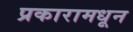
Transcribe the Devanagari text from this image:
प्रकारामधून